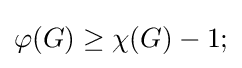
\varphi (G)\geq \chi (G)-1;